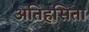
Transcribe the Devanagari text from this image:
अतिहसिता